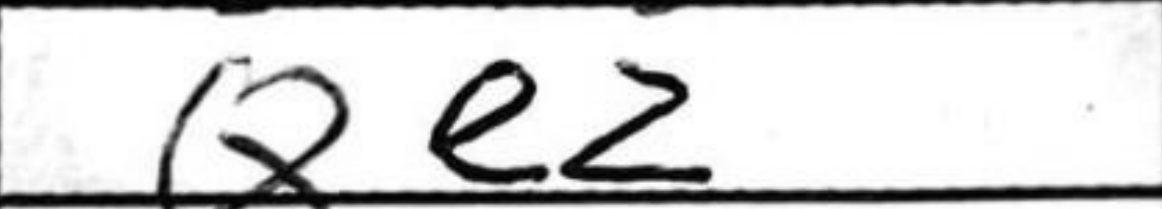
Transcription: Qe2